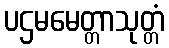
ပဌမမေတ္တာသုတ္တံ